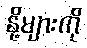
နို့များကို